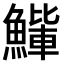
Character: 𫙰